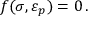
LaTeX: f ( { \boldsymbol { \sigma } } , { \boldsymbol { \varepsilon } } _ { p } ) = 0 \, .